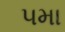
૫મા